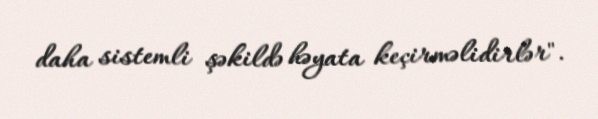
daha sistemli şəkildə həyata keçirməlidirlər".